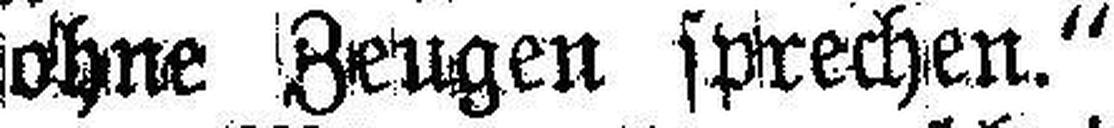
ohne Zeugen sprechen.“